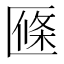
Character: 𠥑